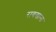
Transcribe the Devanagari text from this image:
रायखाना